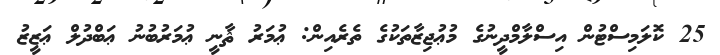
25 ކޮލަމިސްޓުން އިސްލާމްދީނުގެ މުޢުޖިޒާތަކުގެ ތެރެއިން: ޢުމަރު ޘާާނީ ޢުމަރުބުނު ޢަބްދުލް ޢަޒީޒު